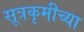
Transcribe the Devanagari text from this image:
सूत्रकृमीच्या